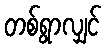
တစ်ရွာလျှင်